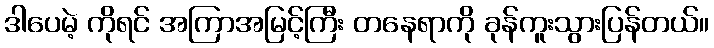
ဒါပေမဲ့ ကိုရင် အကြာအမြင့်ကြီး တနေရာကို ခုန်ကူးသွားပြန်တယ်။